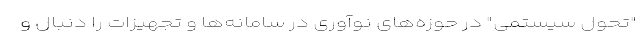
"تحول سیستمی" در حوزه‌های نوآوری در سامانه‌ها و تجهیزات را دنبال و